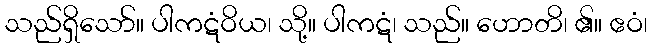
သည်ရှိသော်။ ပါကဋံဝိယ၊ သို့။ ပါကဋံ၊ သည်။ ဟောတိ၊ ၏။ ဧဝံ၊